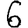
Digit: 6